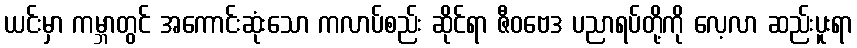
ယင်းမှာ ကမ္ဘာတွင် အကောင်းဆုံးသော ကလာပ်စည်း ဆိုင်ရာ ဇီဝဗေဒ ပညာရပ်တို့ကို လေ့လာ ဆည်းပူးရာ